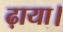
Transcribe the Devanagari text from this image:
ढ़ाया।